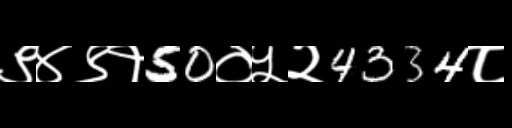
Text: ९४९१50०५२4334८